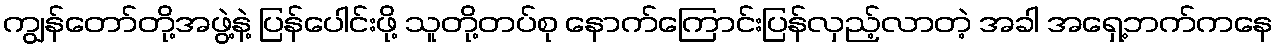
ကျွန်တော်တို့အဖွဲ့နဲ့ ပြန်ပေါင်းဖို့ သူတို့တပ်စု နောက်ကြောင်းပြန်လှည့်လာတဲ့ အခါ အရှေ့ဘက်ကနေ